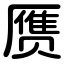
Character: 赝